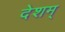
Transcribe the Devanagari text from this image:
देशम्‌